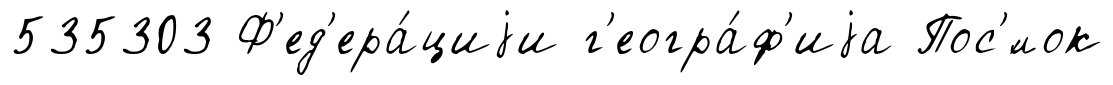
535303 Ф'ед'ера́циjи г'еогра́ф'иjа Пос'́лок